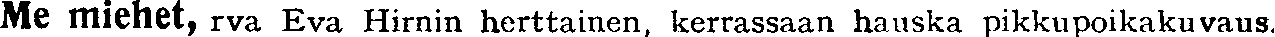
Me miehet, rva Eva Hirnin herttainen, kerrassaan hauska pikkupoikakuvaus.